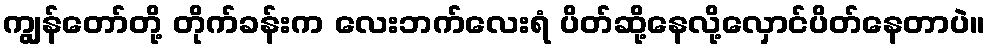
ကျွန်တော်တို့ တိုက်ခန်းက လေးဘက်လေးရံ ပိတ်ဆို့နေလို့လှောင်ပိတ်နေတာပဲ။